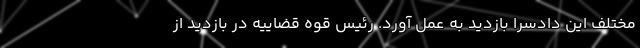
مختلف این دادسرا بازدید به عمل آورد. رئیس قوه قضاییه در بازدید از